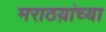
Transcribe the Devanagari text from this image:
मराठय़ांच्या